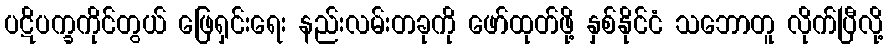
ပဋိပက္ခကိုင်တွယ် ဖြေရှင်းရေး နည်းလမ်းတခုကို ဖော်ထုတ်ဖို့ နှစ်နိုင်ငံ သဘောတူ လိုက်ပြီလို့